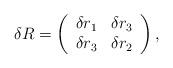
LaTeX: \begin{align*}\delta R=\left(\begin{array}{crc}\delta r_1&\delta r_3\\\delta r_3&\delta r_2 \\\end{array}\right),\end{align*}